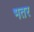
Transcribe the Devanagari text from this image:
भतर